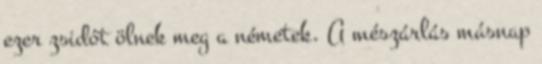
ezer zsidót ölnek meg a németek. A mészárlás másnap